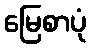
မြေစာပုံ